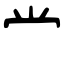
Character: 龸